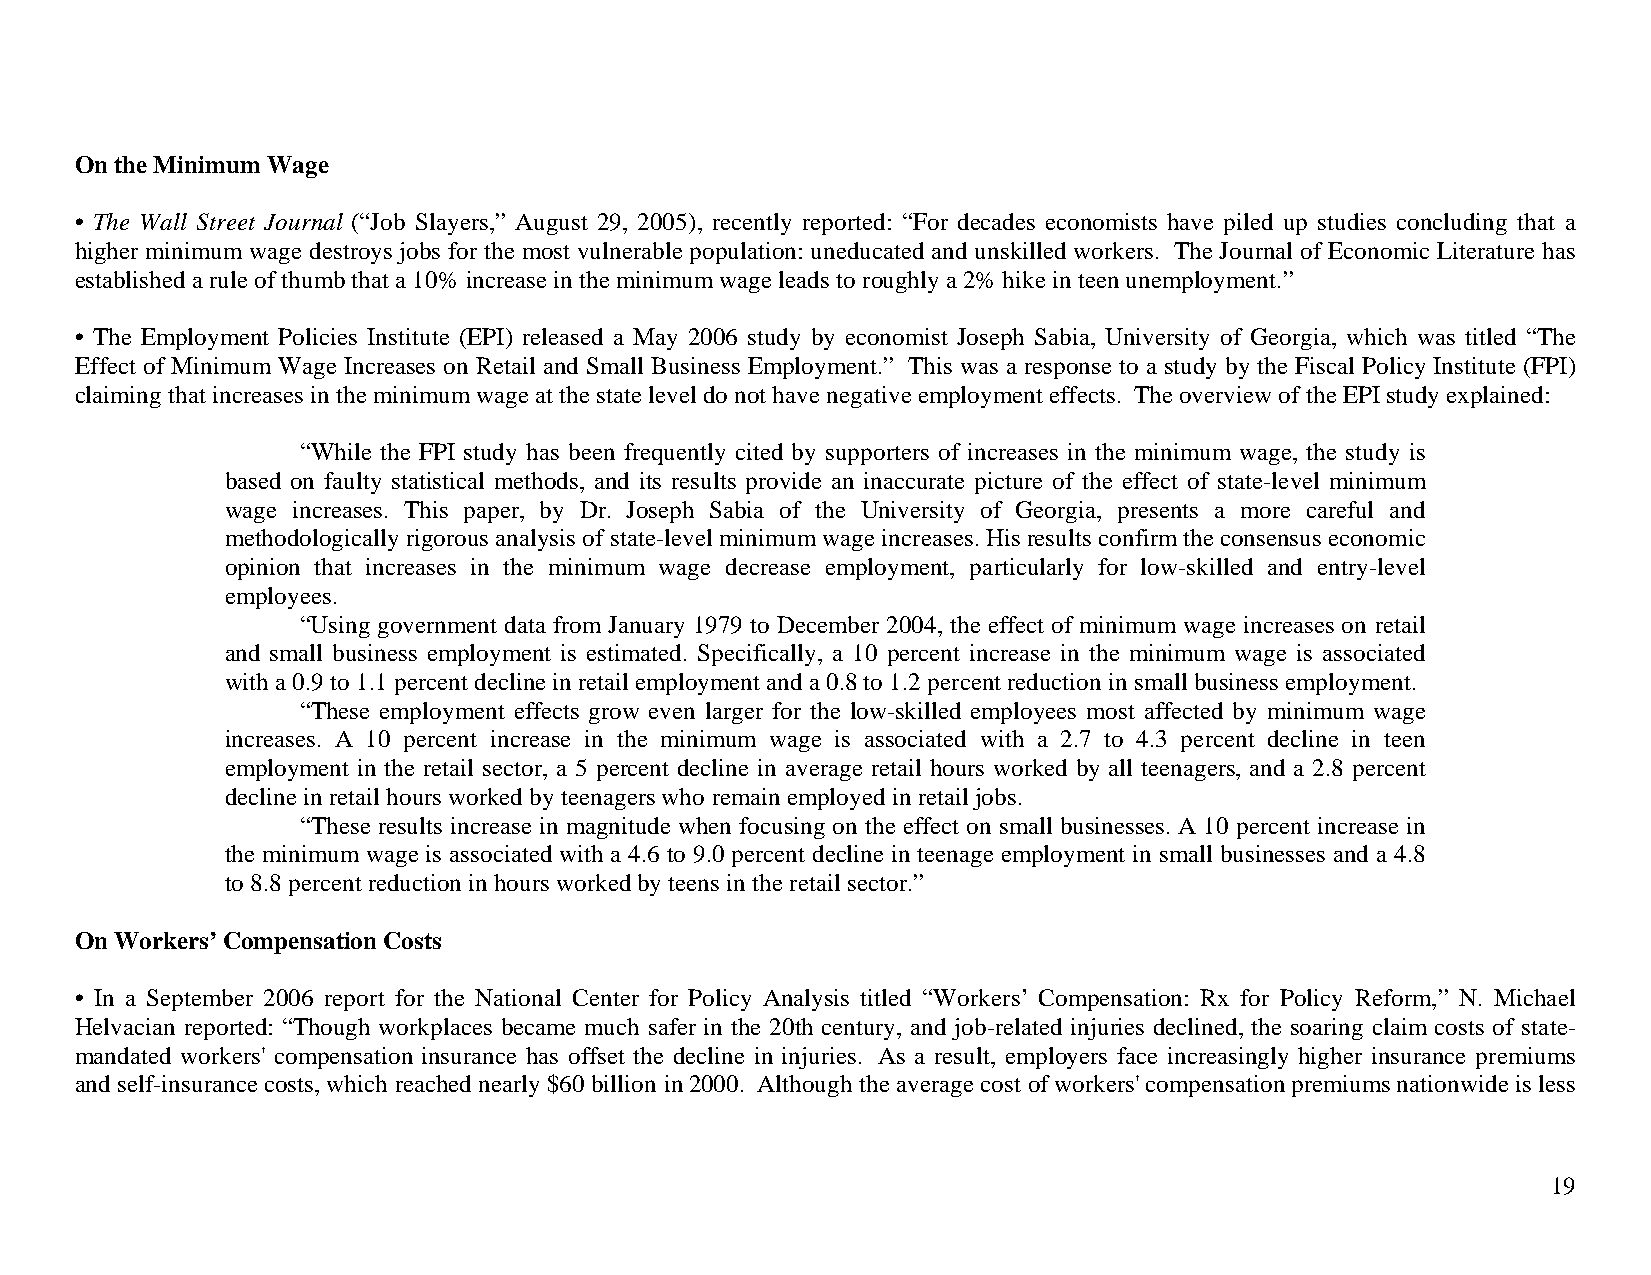
On the Minimum Wage
 • The Wall Street Journal (“Job Slayers,” August 29, 2005), recently reported: “For decades economists have piled up studies concluding that a
 higher minimum wage destroys jobs for the most vulnerable population: uneducated and unskilled workers. The Journal of Economic Literature has
 established a rule of thumb that a 10% increase in the minimum wage leads to roughly a 2% hike in teen unemployment.”
 • The Employment Policies Institute (EPI) released a May 2006 study by economist Joseph Sabia, University of Georgia, which was titled “The
 Effect of Minimum Wage Increases on Retail and Small Business Employment.” This was a response to a study by the Fiscal Policy Institute (FPI)
 claiming that increases in the minimum wage at the state level do not have negative employment effects. The overview of the EPI study explained:
 “While the FPI study has been frequently cited by supporters of increases in the minimum wage, the study is
 based on faulty statistical methods, and its results provide an inaccurate picture of the effect of state-level minimum
 wage increases. This paper, by Dr. Joseph Sabia of the University of Georgia, presents a more careful and
 methodologically rigorous analysis of state-level minimum wage increases. His results confirm the consensus economic
 opinion that increases in the minimum wage decrease employment, particularly for low-skilled and entry-level
 employees.
 “Using government data from January 1979 to December 2004, the effect of minimum wage increases on retail
 and small business employment is estimated. Specifically, a 10 percent increase in the minimum wage is associated
 with a 0.9 to 1.1 percent decline in retail employment and a 0.8 to 1.2 percent reduction in small business employment.
 “These employment effects grow even larger for the low-skilled employees most affected by minimum wage
 increases. A 10 percent increase in the minimum wage is associated with a 2.7 to 4.3 percent decline in teen
 employment in the retail sector, a 5 percent decline in average retail hours worked by all teenagers, and a 2.8 percent
 decline in retail hours worked by teenagers who remain employed in retail jobs.
 “These results increase in magnitude when focusing on the effect on small businesses. A 10 percent increase in
 the minimum wage is associated with a 4.6 to 9.0 percent decline in teenage employment in small businesses and a 4.8
 to 8.8 percent reduction in hours worked by teens in the retail sector.”
 On Workers’ Compensation Costs
 • In a September 2006 report for the National Center for Policy Analysis titled “Workers’ Compensation: Rx for Policy Reform,” N. Michael
 Helvacian reported: “Though workplaces became much safer in the 20th century, and job-related injuries declined, the soaring claim costs of state-
 mandated workers' compensation insurance has offset the decline in injuries. As a result, employers face increasingly higher insurance premiums
 and self-insurance costs, which reached nearly $60 billion in 2000. Although the average cost of workers' compensation premiums nationwide is less
 19